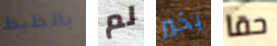
بالظبط لم بخير حقا